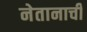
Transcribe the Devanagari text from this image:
नेतानाची